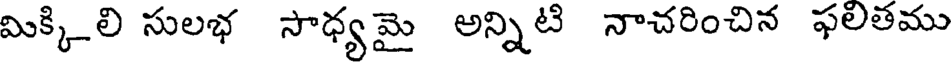
మిక్కిలి సులభ సాధ్య మై అన్నిటి నాచరించిన ఫలితము